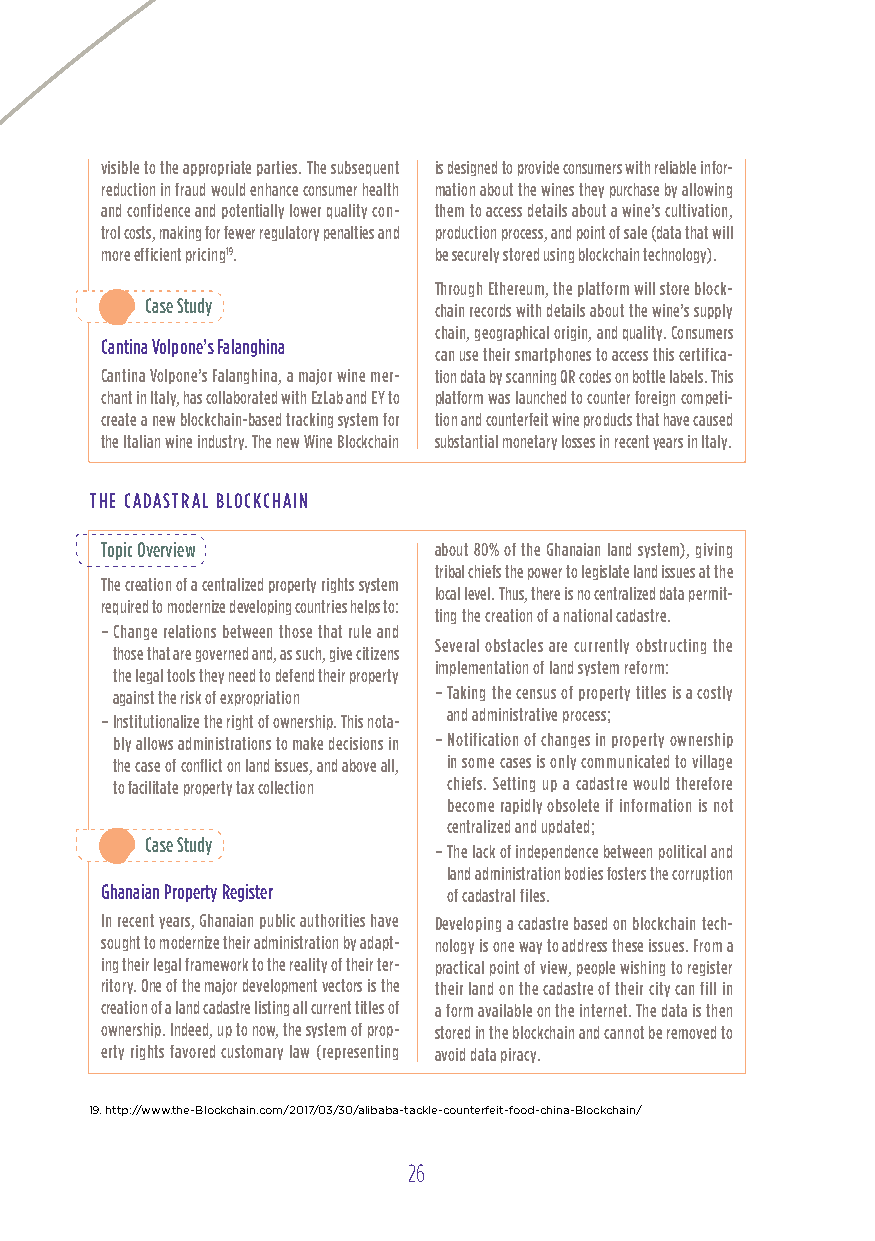
visible to the appropriate parties. The subsequent is designed to provide consumers with reliable infor-
 reduction in fraud would enhance consumer health mation about the wines they purchase by allowing
 and confidence and potentially lower quality con- them to access details about a wine’s cultivation,
 trol costs, making for fewer regulatory penalties and production process, and point of sale (data that will
 more efficient pricing19. be securely stored using blockchain technology).
 Through Ethereum, the platform will store block-
 Case Study         chain records with details about the wine’s supply
 chain, geographical origin, and quality. Consumers
 Cantina volpone’s Falanghina
 can use their smartphones to access this certifica-
 Cantina volpone’s Falanghina, a major wine mer- tion data by scanning QR codes on bottle labels. This
 chant in Italy, has collaborated with EzLab and Ey to platform was launched to counter foreign competi-
 create a new blockchain-based tracking system for tion and counterfeit wine products that have caused
 the Italian wine industry. The new Wine Blockchain substantial monetary losses in recent years in Italy.
 THE CADASTRAL BL oCKCHAIN
 Topic overview        about 80% of the Ghanaian land system), giving
 tribal chiefs the power to legislate land issues at the
 The creation of a centralized property rights system
 local level. Thus, there is no centralized data permit-
 required to modernize developing countries helps to:
 ting the creation of a national cadastre.
 – Change relations between those that rule and
 Several obstacles are currently obstructing the
 those that are governed and, as such, give citizens
 implementation of land system reform:
 the legal tools they need to defend their property
 against the risk of expropriation – Taking the census of property titles is a costly
 and administrative process;
 – Institutionalize the right of ownership. This nota-
 bly allows administrations to make decisions in – Notification of changes in property ownership
 the case of conflict on land issues, and above all, in some cases is only communicated to village
 to facilitate property tax collection chiefs. Setting up a cadastre would therefore
 become rapidly obsolete if information is not
 centralized and updated;
 Case Study
 – The lack of independence between political and
 land administration bodies fosters the corruption
 Ghanaian Property Register of cadastral files.
 In recent years, Ghanaian public authorities have Developing a cadastre based on blockchain tech-
 sought to modernize their administration by adapt- nology is one way to address these issues. From a
 ing their legal framework to the reality of their ter- practical point of view, people wishing to register
 ritory. one of the major development vectors is the their land on the cadastre of their city can fill in
 creation of a land cadastre listing all current titles of a form available on the internet. The data is then
 ownership. Indeed, up to now, the system of prop- stored in the blockchain and cannot be removed to
 erty rights favored customary law (representing avoid data piracy.
 19. http://www.the-Blockchain.com/2017/03/30/alibaba-tackle-counterfeit-food-china-Blockchain/
 26